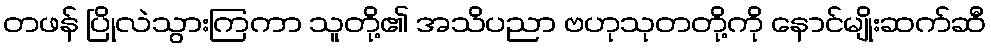
တဖန် ပြိုလဲသွားကြကာ သူတို့၏ အသိပညာ ဗဟုသုတတို့ကို နောင်မျိုးဆက်ဆီ